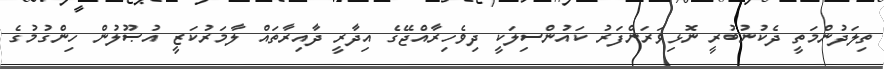
ތިލަދުންމަތީ ދެކުނުބުރީ ނޮޅިވަރަންފަރު ކައުންސިލަކީ ދިވެހިރާއްޖޭގެ އިދާރީ ދާއިރާތައް ލާމަރުކަޒީ އުޞޫލުން ހިންގުމުގެ